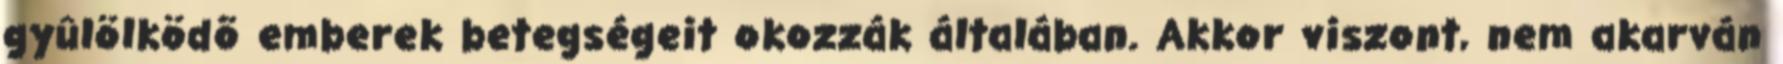
gyûlölködõ emberek betegségeit okozzák általában. Akkor viszont, nem akarván